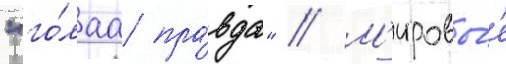
"го́лаа пра́вда" // М'ировы́е